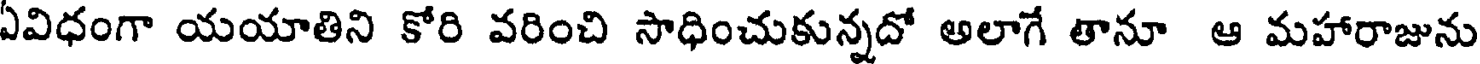
ఏవిధంగా యయాతిని కోరి వరించి సాధించుకున్నదో అలాగే తానూ ఆ మహారాజును